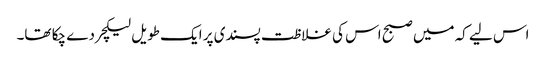
اس لیے کہ میں صبح اس کی غلاظت پسندی پر ایک طویل لیکچر دے چکا تھا۔